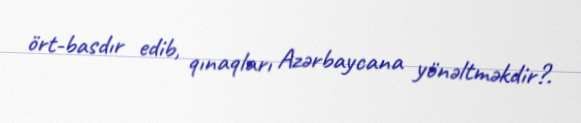
ört-basdır edib, qınaqları Azərbaycana yönəltməkdir?.